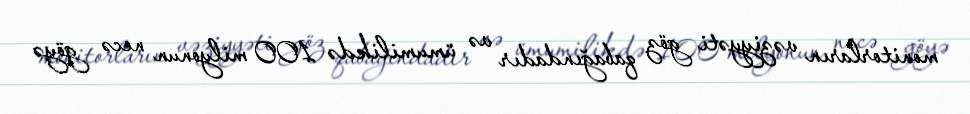
monitorların vəziyyəti göz qabağındadır və ümumilikdə 100 milyonun necə göyə